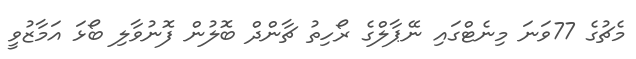
މެޗުގެ 77ވަނަ މިނެޓްގައި ނޭޕާލްގެ ރޯހިތު ޗާންދް ބޮލުން ފޮނުވާލި ބޯޅަ އަމާޒުވީ